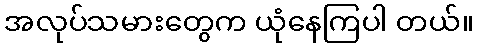
အလုပ်သမားတွေက ယုံနေကြပါ တယ်။